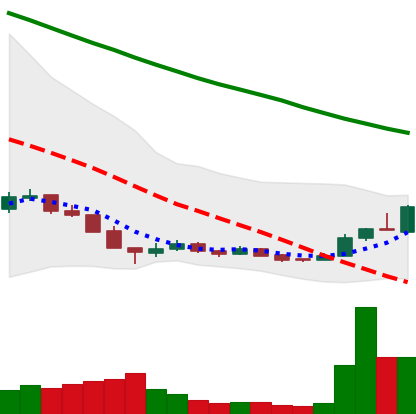
Ticker: ADA-USD
Chart end date: 2018-12-20
Forward return: 5.355%
Label: up_5_7